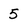
Character: 5